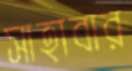
সাহাবার